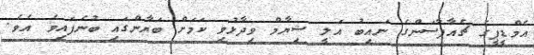
އެމްޑީޕީގެ ޗެއާޕާސަންގެ ނައިބު އަލީ ޝިޔާމް ވިދާޅުވި ކަމަށް ބަޔާންގައި ބުނެފައިވެ އެވެ.